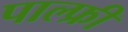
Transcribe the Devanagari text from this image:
पाल्फ्री